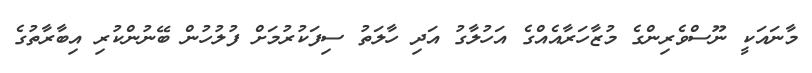
މާނައަކީ ނޫސްވެރިންގެ މުޒާހަރާއެއްގެ އަހުލާގު އަދި ހާލަތު ސިފަކުރުމަށް ފުލުހުން ބޭނުންކުރި އިބާރާތުގެ